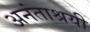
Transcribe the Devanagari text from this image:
अनंताश्रयी